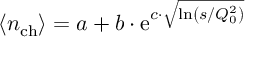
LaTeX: \left< n _ { \mathrm { c h } } \right> = a + b \cdot \mathrm { e } ^ { c \cdot \sqrt { \mathrm { l n } \left( s / Q _ { 0 } ^ { 2 } \right) } }